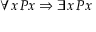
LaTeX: \forall x \, P x \Rightarrow \exists x \, P x